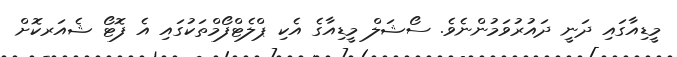
މީޑިއާގައި ދަނީ ދައުރުވަމުންނެވެ. ސޯޝަލް މީޑިއާގެ އެކި ޕްލެޓްފޯމްތަކުގައި އެ ފޮޓޯ ޝެއަރކޮށް